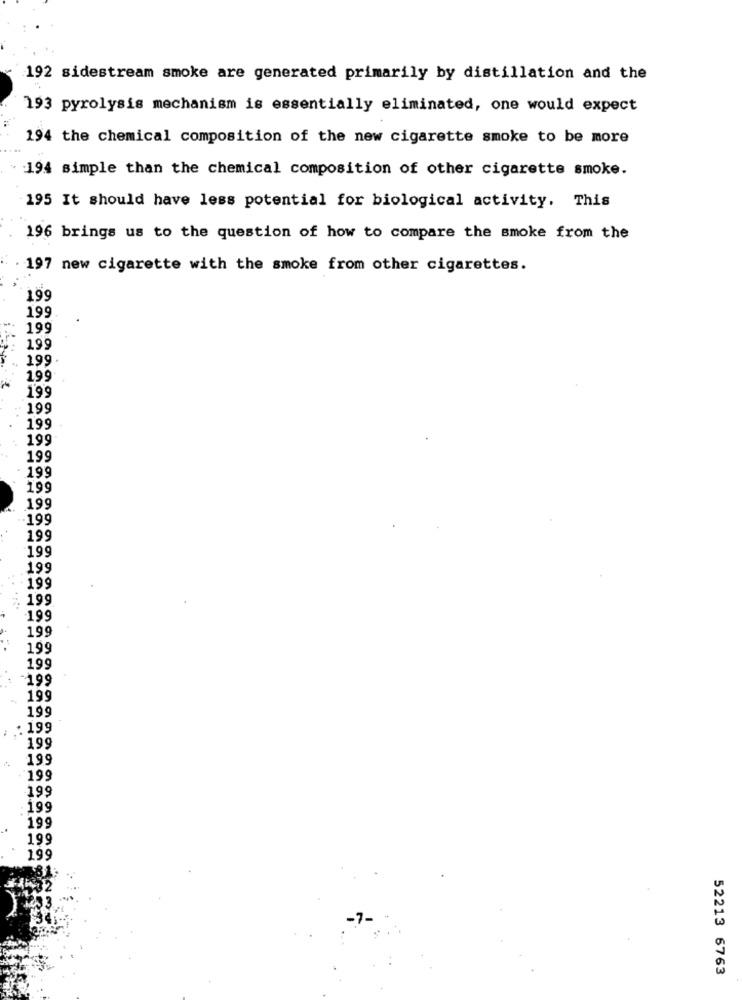
192 sidestream smoke are generated primarily by distillation and the
193 pyrolysis mechanism is essentially eliminated, one would expect
194 the chemical composition of the new cigarette smoke to be more
194 simple than the chemical composition of other cigarette smoke.
195 It should have less potential for biological activity. This
196 brings us to the question of how to compare the smoke from the
197 new cigarette with the smoke from other cigarettes.
199
199
199
199
199
1,99
199
199
199
199
199
199
199
199
199
199
.199
199
199
199
199
199
199
199
199
199
199
: 199
199
199
199
199
. 199
199
199
199
52213 6763